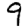
Digit: 9